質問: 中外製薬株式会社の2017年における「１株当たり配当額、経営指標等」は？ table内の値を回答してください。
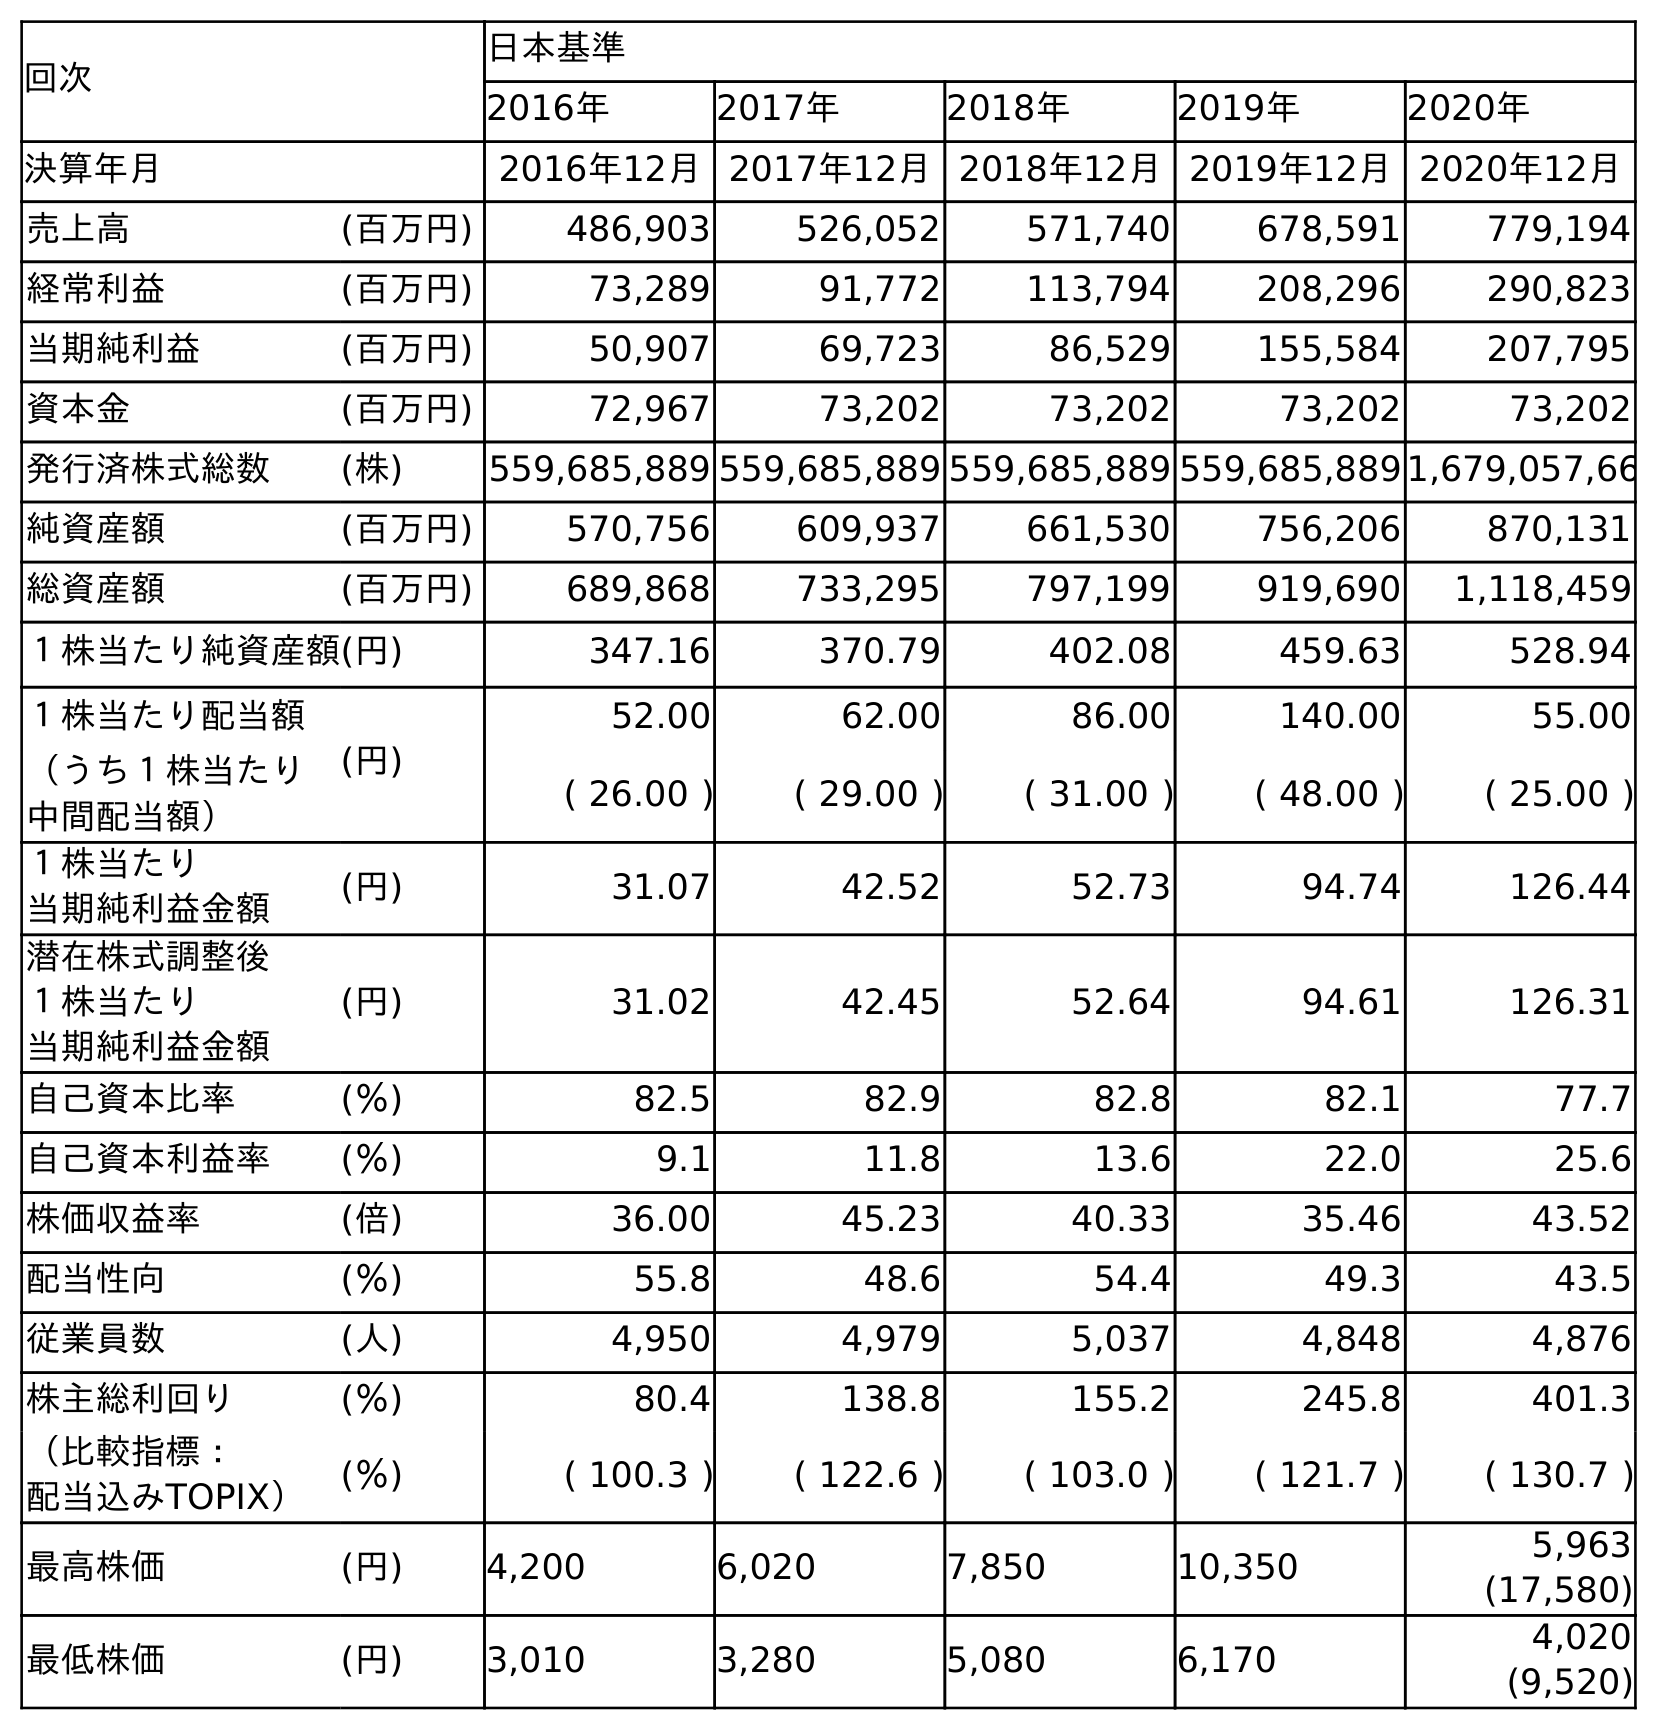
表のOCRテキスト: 回次 日本基準 2016年 2017年 2018年 2019年 2020年 決算年月 2016年12月2017年12月2018年12月2019年12月2020年12月 売上高 (百万円) 486,903 526,052 571,740 678,591 779,194 経常利益 (百万円) 73,289 91,772 113,794 208,296 290,823 当期純利益 (百万円) 50,907 69,723 86,529 155,584 207,795 資本金 (百万円) 72,967 73,202 73,202 73,202 73,202 発行済株式総数 (株) 559,685,889 559,685,889 559,685,889 559,685,8891,679,057,66 純資産額 (百万円) 570,756 609,937 661,530 756,206 870,131 総資産額 (百万円) 689,868 733,295 797,199 919,690 1,118,459 １株当たり純資産額(円) 347.16 370.79 402.08 459.63 528.94 １株当たり配当額 (円) 52.00 62.00 86.00 140.00 55.00 （うち１株当たり 中間配当額） ( 26.00 ) ( 29.00 ) ( 31.00 ) ( 48.00 ) ( 25.00 ) １株当たり 当期純利益金額 (円) 31.07 42.52 52.73 94.74 126.44 潜在株式調整後 １株当たり 当期純利益金額 (円) 31.02 42.45 52.64 94.61 126.31 自己資本比率 (％) 82.5 82.9 82.8 82.1 77.7 自己資本利益率 (％) 9.1 11.8 13.6 22.0 25.6 株価収益率 (倍) 36.00 45.23 40.33 35.46 43.52 配当性向 (％) 55.8 48.6 54.4 49.3 43.5 従業員数 (人) 4,950 4,979 5,037 4,848 4,876 株主総利回り (％) 80.4 138.8 155.2 245.8 401.3 （比較指標： 配当込みTOPIX） (％) ( 100.3 ) ( 122.6 ) ( 103.0 ) ( 121.7 ) ( 130.7 ) 最高株価 (円) 4,200 6,020 7,850 10,350 5,963 (17,580) 最低株価 (円) 3,010 3,280 5,080 6,170 4,020 (9,520)
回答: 62.00